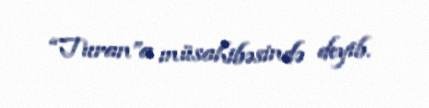
“Turan”a müsahibəsində deyib.